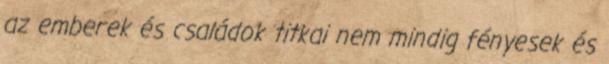
az emberek és családok titkai nem mindig fényesek és